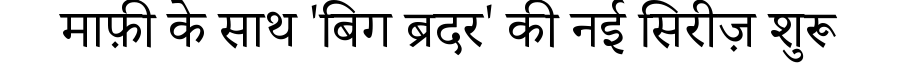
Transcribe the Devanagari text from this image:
माफ़ी के साथ 'बिग ब्रदर' की नई सिरीज़ शुरू